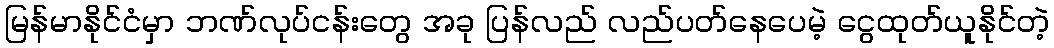
မြန်မာနိုင်ငံမှာ ဘဏ်လုပ်ငန်းတွေ အခု ပြန်လည် လည်ပတ်နေပေမဲ့ ငွေထုတ်ယူနိုင်တဲ့